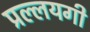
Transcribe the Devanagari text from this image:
प्रल्लयगी